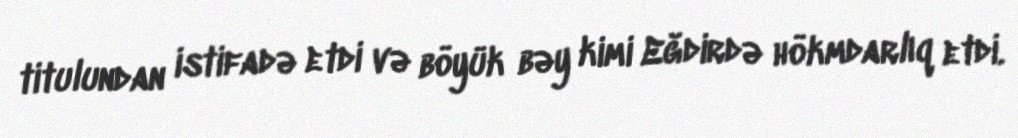
titulundan istifadə etdi və böyük bəy kimi Eğdirdə hökmdarlıq etdi.